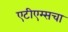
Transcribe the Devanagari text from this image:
एटीएम्सचा